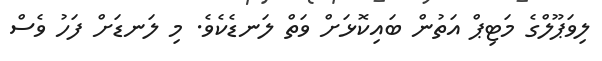
ލިވަޕޫލްގެ މަޓިޕް އަތުން ބައިކޮޅަށް ވަތް ލަނޑެކެވެ. މި ލަނޑަށް ފަހު ވެސް